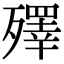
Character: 殬